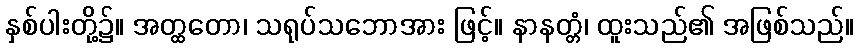
နှစ်ပါးတို့၌။ အတ္ထတော၊ သရုပ်သဘောအား ဖြင့်။ နာနတ္တံ၊ ထူးသည်၏ အဖြစ်သည်။